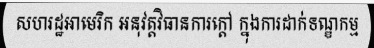
សហរដ្ឋអាមេរិក អនុវត្តវិធានការក្តៅ ក្នុងការដាក់ទណ្ឌកម្ម